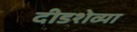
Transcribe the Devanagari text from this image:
दीडशेव्या